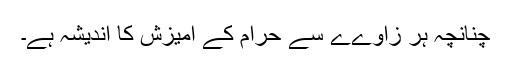
چنانچہ ہر زاوےے سے حرام کے آمیزش کا اندیشہ ہے۔